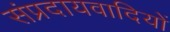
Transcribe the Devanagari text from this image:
संप्रदायवादियों